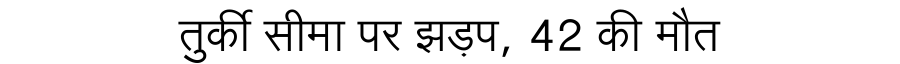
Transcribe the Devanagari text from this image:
तुर्की सीमा पर झड़प, 42 की मौत